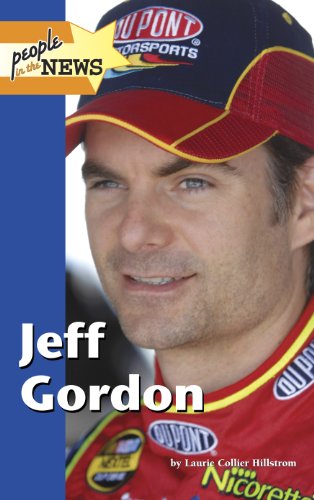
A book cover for Jeff Gordon (People in the News); Laurie Collier Hillstrom; Teen & Young Adult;